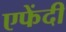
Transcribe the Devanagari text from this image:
एफेंदी